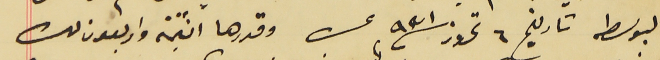
البوسطه تاريخ ٦ تموز سنة ٩٣١ عن وقدرها اثنتين واربعون ليرة